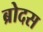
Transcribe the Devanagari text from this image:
ब्रोदस